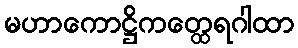
မဟာကောဋ္ဌိကတ္ထေရဂါထာ